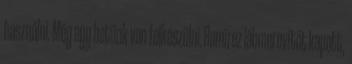
használni. Még egy hetünk van felkészülni. Ramírez lábmerevítőt kapott,